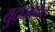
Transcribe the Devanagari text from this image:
युद्घकाल